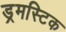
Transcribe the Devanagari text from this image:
ड्रमस्टिक